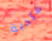
مأدبة